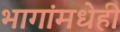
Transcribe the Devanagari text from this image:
भागांमधेही